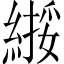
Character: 𫃸